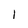
Character: 1